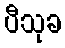
ပီသုခ